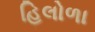
હિલોળા